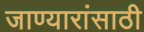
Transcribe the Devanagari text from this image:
जाण्यारांसाठी